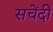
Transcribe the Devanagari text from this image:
सचेंदी